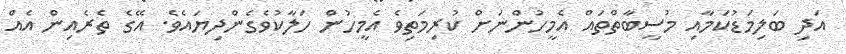
އަދި ބަލިމަޑުކަމާއި މުސީބާތްތައް އެމީހުންނަށް ކުރިމަތިވެ އެމީހުން ހަލާކުވެގެންދިޔައެވެ. އޭގެ ތެރެއިން އެއް